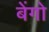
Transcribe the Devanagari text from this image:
बेंगो